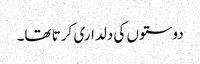
دوستوں کی دلداری کرتا تھا۔